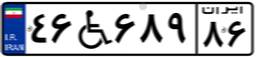
۴۶W۶۸۹۸۶